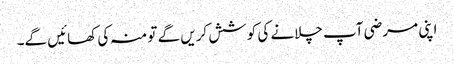
اپنی مرضی آپ چلانے کی کوشش کریں گے تو منہ کی کھائیں گے۔